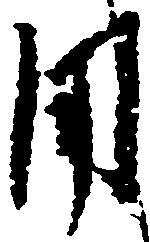
用